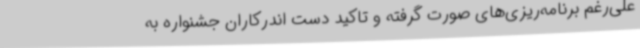
علی‌رغم برنامه‌ریزی‌های صورت گرفته و تاکید دست اندرکاران جشنواره به